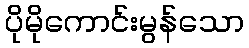
ပိုမိုကောင်းမွန်သော